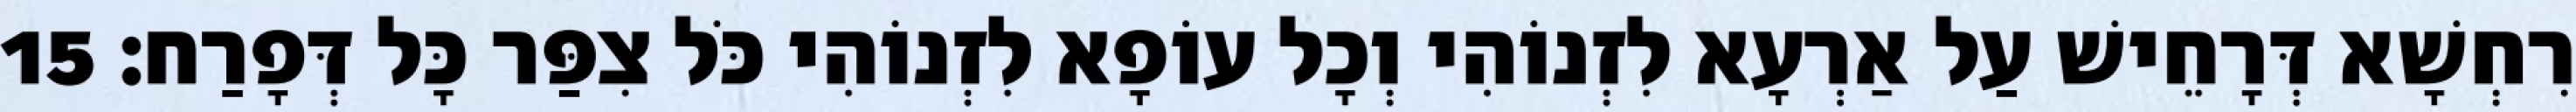
רִחְשָׁא דְּרָחֵישׁ עַל אַרְעָא לִזְנוֹהִי וְכָל עוֹפָא לִזְנוֹהִי כֹּל צִפַּר כָּל דְּפָרַח׃ 15